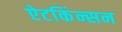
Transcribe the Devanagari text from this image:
ऐटकिंन्सन